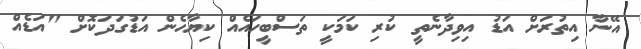
އޭނާ އިތުރަށް އަޑު އިވިދާނެތީ ކުރި ކަމަކީ ތަސްބީހައެއް ކިޔާހެން އަޑުގަދަކޮށް "އަޑެއް